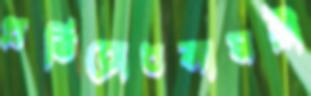
প্রতিরোধসামগ্রী